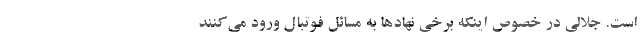
است. جلالی در خصوص اینکه برخی نهادها به مسائل فوتبال ورود می‌کنند